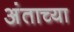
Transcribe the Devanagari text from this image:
अंताच्या